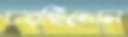
চরছিলেন